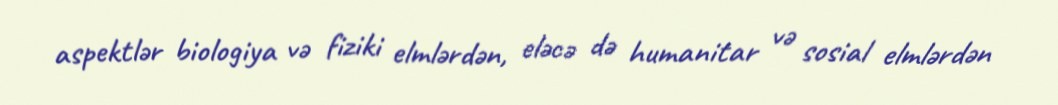
aspektlər biologiya və fiziki elmlərdən, eləcə də humanitar və sosial elmlərdən